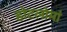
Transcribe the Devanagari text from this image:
होटलोमां